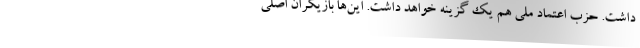
داشت. حزب اعتماد ملی هم یک گزینه خواهد داشت. این‌ها بازیگران اصلی